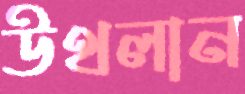
উথলান